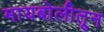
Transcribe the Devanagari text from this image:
मायबोलीतून